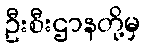
ဦးစီးဌာနတို့မှ